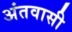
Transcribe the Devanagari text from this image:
अंतवासी